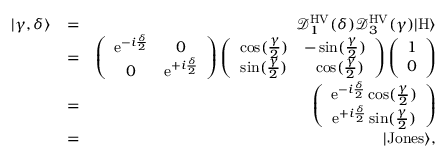
\begin{array} { r l r } { | \gamma , \delta \rangle } & { = } & { \mathcal { D } _ { 1 } ^ { \mathrm { H V } } ( \delta ) \mathcal { D } _ { 3 } ^ { \mathrm { H V } } ( \gamma ) | \mathrm { H } \rangle } \\ & { = } & { \left( \begin{array} { c c } { \mathrm { e } ^ { - i \frac { \delta } { 2 } } } & { 0 } \\ { 0 } & { \mathrm { e } ^ { + i \frac { \delta } { 2 } } } \end{array} \right) \left( \begin{array} { c c } { \cos ( \frac { \gamma } { 2 } ) } & { - \sin ( \frac { \gamma } { 2 } ) } \\ { \sin ( \frac { \gamma } { 2 } ) } & { \ \ \cos ( \frac { \gamma } { 2 } ) } \end{array} \right) \left( \begin{array} { c } { 1 } \\ { 0 } \end{array} \right) } \\ & { = } & { \left( \begin{array} { c } { \mathrm { e } ^ { - i \frac { \delta } { 2 } } \cos ( \frac { \gamma } { 2 } ) } \\ { \mathrm { e } ^ { + i \frac { \delta } { 2 } } \sin ( \frac { \gamma } { 2 } ) } \end{array} \right) } \\ & { = } & { | \mathrm { J o n e s } \rangle , } \end{array}